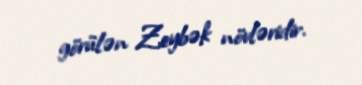
görülən Zeybək növləridir.